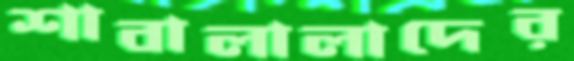
শাবালালাদের